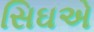
સિઘએ